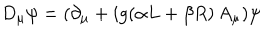
LaTeX: D _ { \mu } \psi = ( \partial _ { \mu } + i g ( \alpha L + \beta R ) \, A _ { \mu } ) \psi